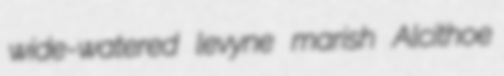
wide-watered levyne marish Alcithoe